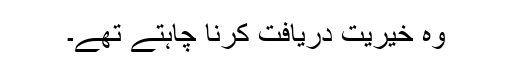
وہ خیریت دریافت کرنا چاہتے تھے۔